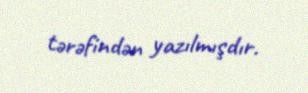
tərəfindən yazılmışdır.